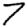
Digit: 7